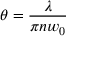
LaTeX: \theta = { \frac { \lambda } { \pi n w _ { 0 } } }